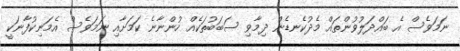
ނަމަވެސް އެ ބައްދަލުވުންތައް މެދުކެނޑެން ދިމާވި ސަބަބުތަކެއް ހުންނާނެ ކަމަށާއި ނަަމަވެސް އެމަނިކުފާނަކީ